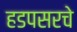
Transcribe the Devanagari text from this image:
हडपसरचे